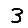
Digit: 3